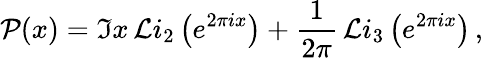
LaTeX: {\cal P}(x)=\Im x\, {\cal L}i_{2}\left(e^{2\pi ix}\right)+\frac{1}{2\pi}\, {\cal L}i_{3}\left(e^{2\pi ix}\right)\, ,